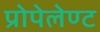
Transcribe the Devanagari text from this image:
प्रोपेलेण्ट